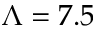
\Lambda = 7 . 5